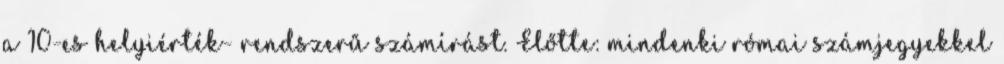
a 10-es helyiérték- rendszerű számírást. Előtte: mindenki római számjegyekkel